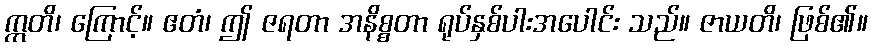
ဣတိ၊ ကြောင့်။ ဧတံ၊ ဤ ဇရတာ အနိစ္စတာ ရုပ်နှစ်ပါးအပေါင်း သည်။ ဇာယတိ၊ ဖြစ်၏။